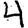
Digit: 4